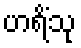
ဟရိံသု